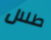
طلال